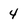
Character: 4